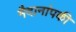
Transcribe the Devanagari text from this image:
मैदानांपकी